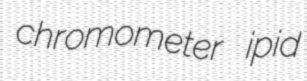
chromometer ipid